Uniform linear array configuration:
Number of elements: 64
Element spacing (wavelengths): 0.25
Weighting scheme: hann
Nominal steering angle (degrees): -60
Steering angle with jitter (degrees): -58.93
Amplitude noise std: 0.05
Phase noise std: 0.05

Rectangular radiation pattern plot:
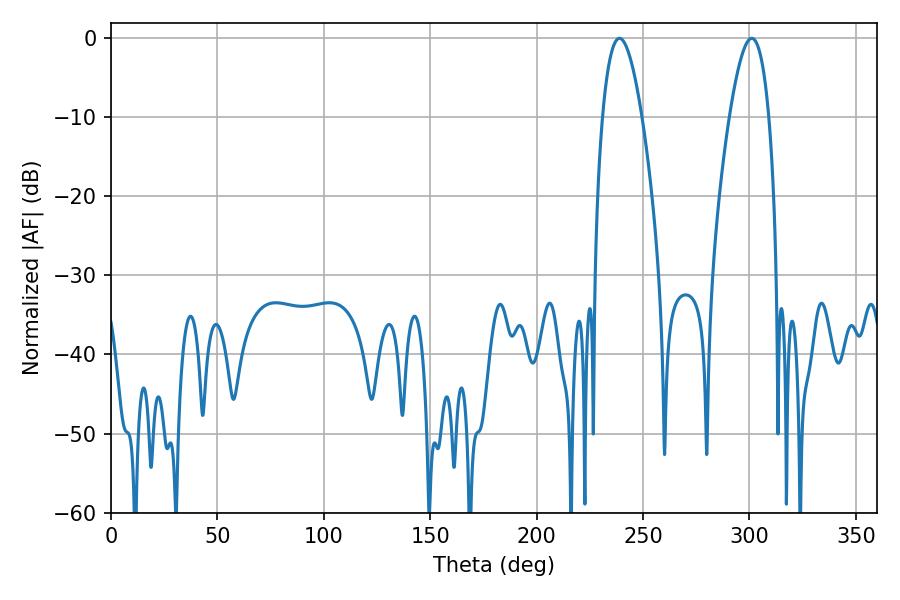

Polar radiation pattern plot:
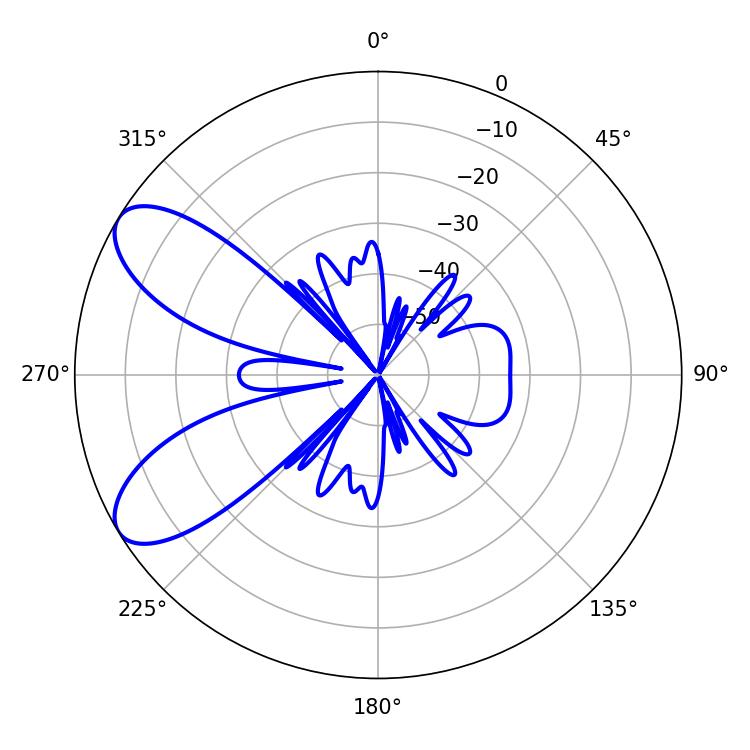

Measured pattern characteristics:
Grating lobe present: FALSE
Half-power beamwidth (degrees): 10.26
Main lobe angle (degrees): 238.86